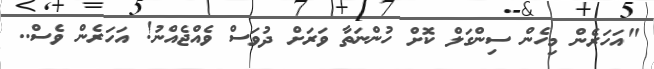
"އަހަރެން މިހެން ސިންގަލް ކޮށް ހުންނަތާ ވަރަށް ދުވަސް ވެއްޖެއްނު! އަހަރެން ވެސް..